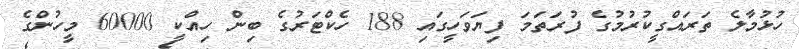
ހުޅުމާލެ ތަރައްގީކުރުމުގެ ފުރަތަމަ ފިޔަވަހީގައި 188 ހެކްޓަރުގެ ބިން ހިއްކީ 60000 މީހުންގެ